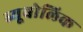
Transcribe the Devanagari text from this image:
ब्यूबोलिक